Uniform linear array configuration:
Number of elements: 64
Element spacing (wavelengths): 0.25
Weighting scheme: blackman
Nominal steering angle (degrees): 60
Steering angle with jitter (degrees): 58.6
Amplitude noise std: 0.05
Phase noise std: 0.05

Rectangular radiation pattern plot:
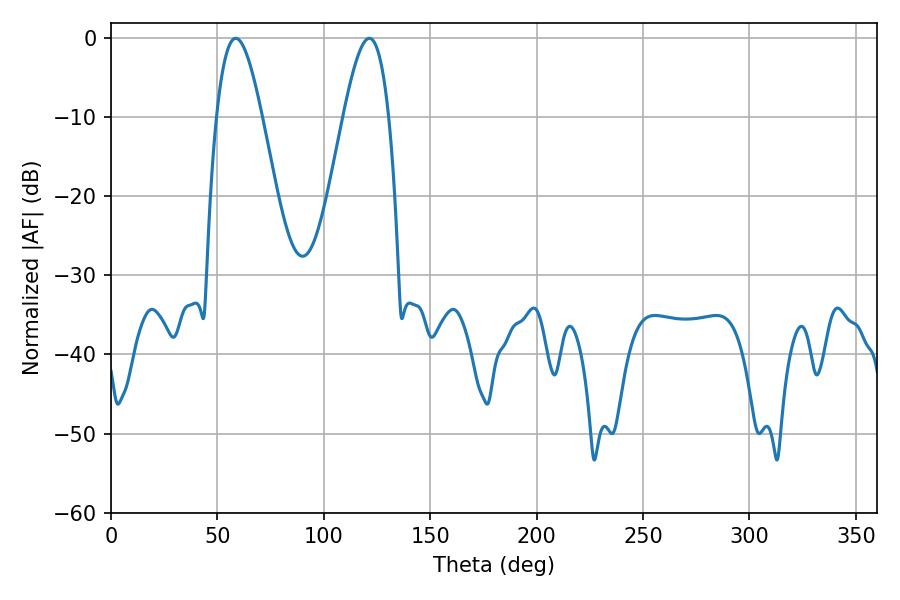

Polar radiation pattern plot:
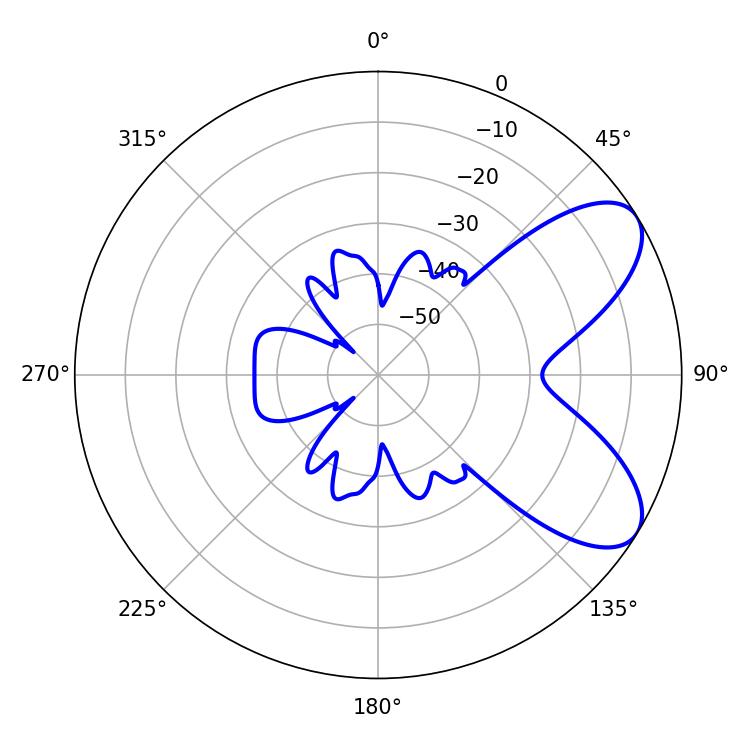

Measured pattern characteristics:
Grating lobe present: FALSE
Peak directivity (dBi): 7.235
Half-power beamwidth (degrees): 11.52
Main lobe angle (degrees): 58.68